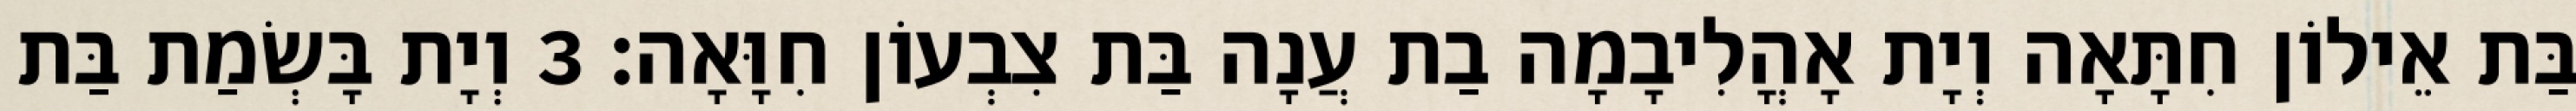
בַּת אֵילוֹן חִתָּאָה וְיָת אָהֳלִיבָמָה בַת עֲנָה בַּת צִבְעוֹן חִוָּאָה׃ 3 וְיָת בָּשְׂמַת בַּת